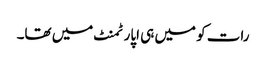
رات کو میں ہی اپارٹمنٹ میں تھا۔